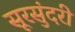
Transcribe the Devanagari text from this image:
सूरसुंदरी